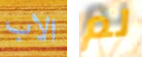
الاب لم